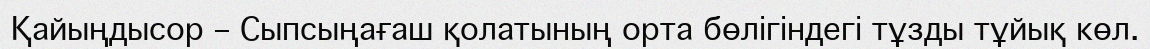
Қайыңдысор – Сыпсыңағаш қолатының орта бөлігіндегі тұзды тұйық көл.